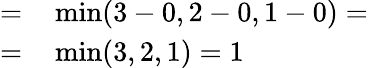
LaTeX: \begin{array}{rl}{=}&{{}\operatorname*{min}(3-0,2-0,1-0)=}\\ {=}&{{}\operatorname*{min}(3,2,1)=1}\end{array}